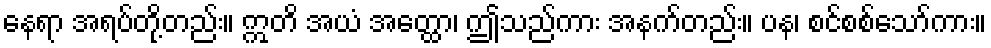
နေရာ အရပ်တို့တည်း။ ဣတိ အယံ အတ္ထော၊ ဤသည်ကား အနက်တည်း။ ပန၊ စင်စစ်သော်ကား။